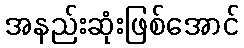
အနည်းဆုံးဖြစ်အောင်